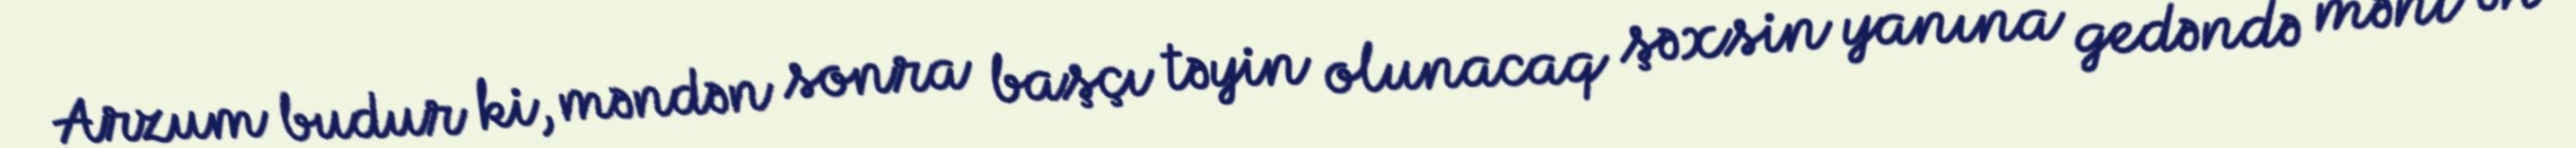
Arzum budur ki, məndən sonra başçı təyin olunacaq şəxsin yanına gedəndə məni ən